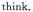
think.